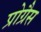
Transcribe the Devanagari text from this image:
प्रोग्रैस